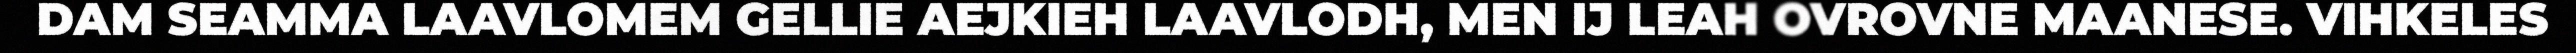
DAM SEAMMA LAAVLOMEM GELLIE AEJKIEH LAAVLODH, MEN IJ LEAH OVROVNE MAANESE. VIHKELES